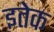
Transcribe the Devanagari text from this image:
इतेक